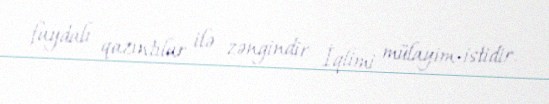
faydalı qazıntılar ilə zəngindir İqlimi mülayim-istidir.